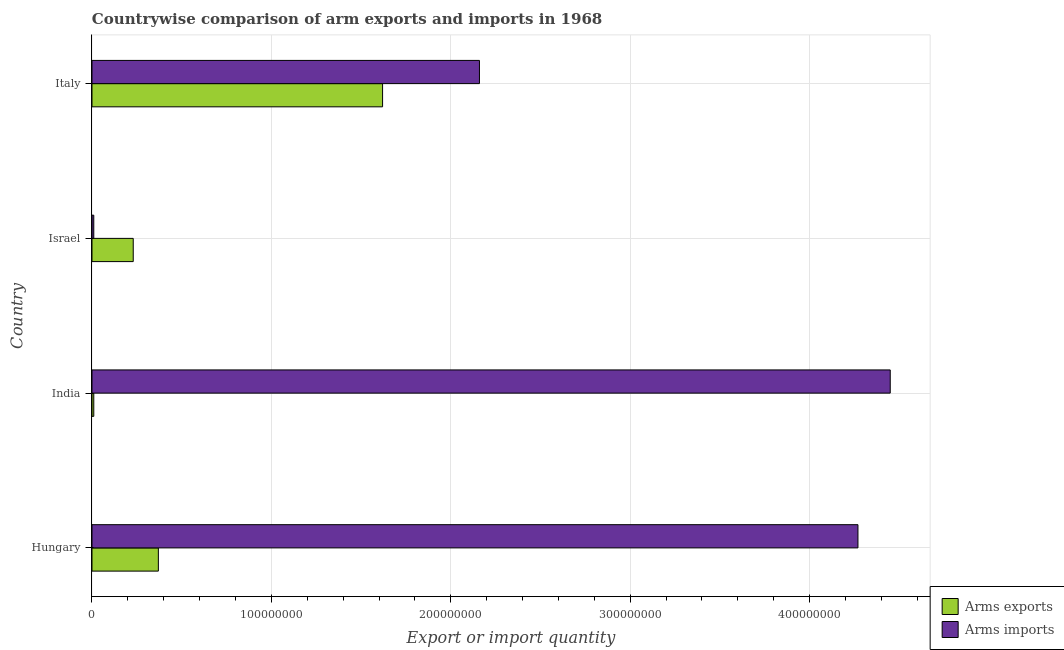
| Country | Arms exports | Arms imports |
 | --- | --- | --- |
 | Hungary | 3.7e+07 | 4.27e+08 |
 | India | 1e+06 | 4.45e+08 |
 | Israel | 2.3e+07 | 1e+06 |
 | Italy | 1.62e+08 | 2.16e+08 |